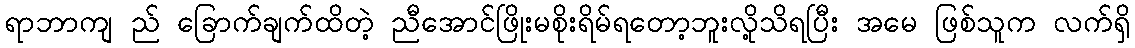
ရာဘာကျ ည် ခြောက်ချက်ထိတဲ့ ညီအောင်ဖြိုးမစိုးရိမ်ရတော့ဘူးလို့သိရပြီး အမေ ဖြစ်သူက လက်ရှိ